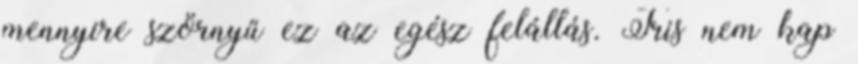
mennyire szörnyű ez az egész felállás. Tris nem kap